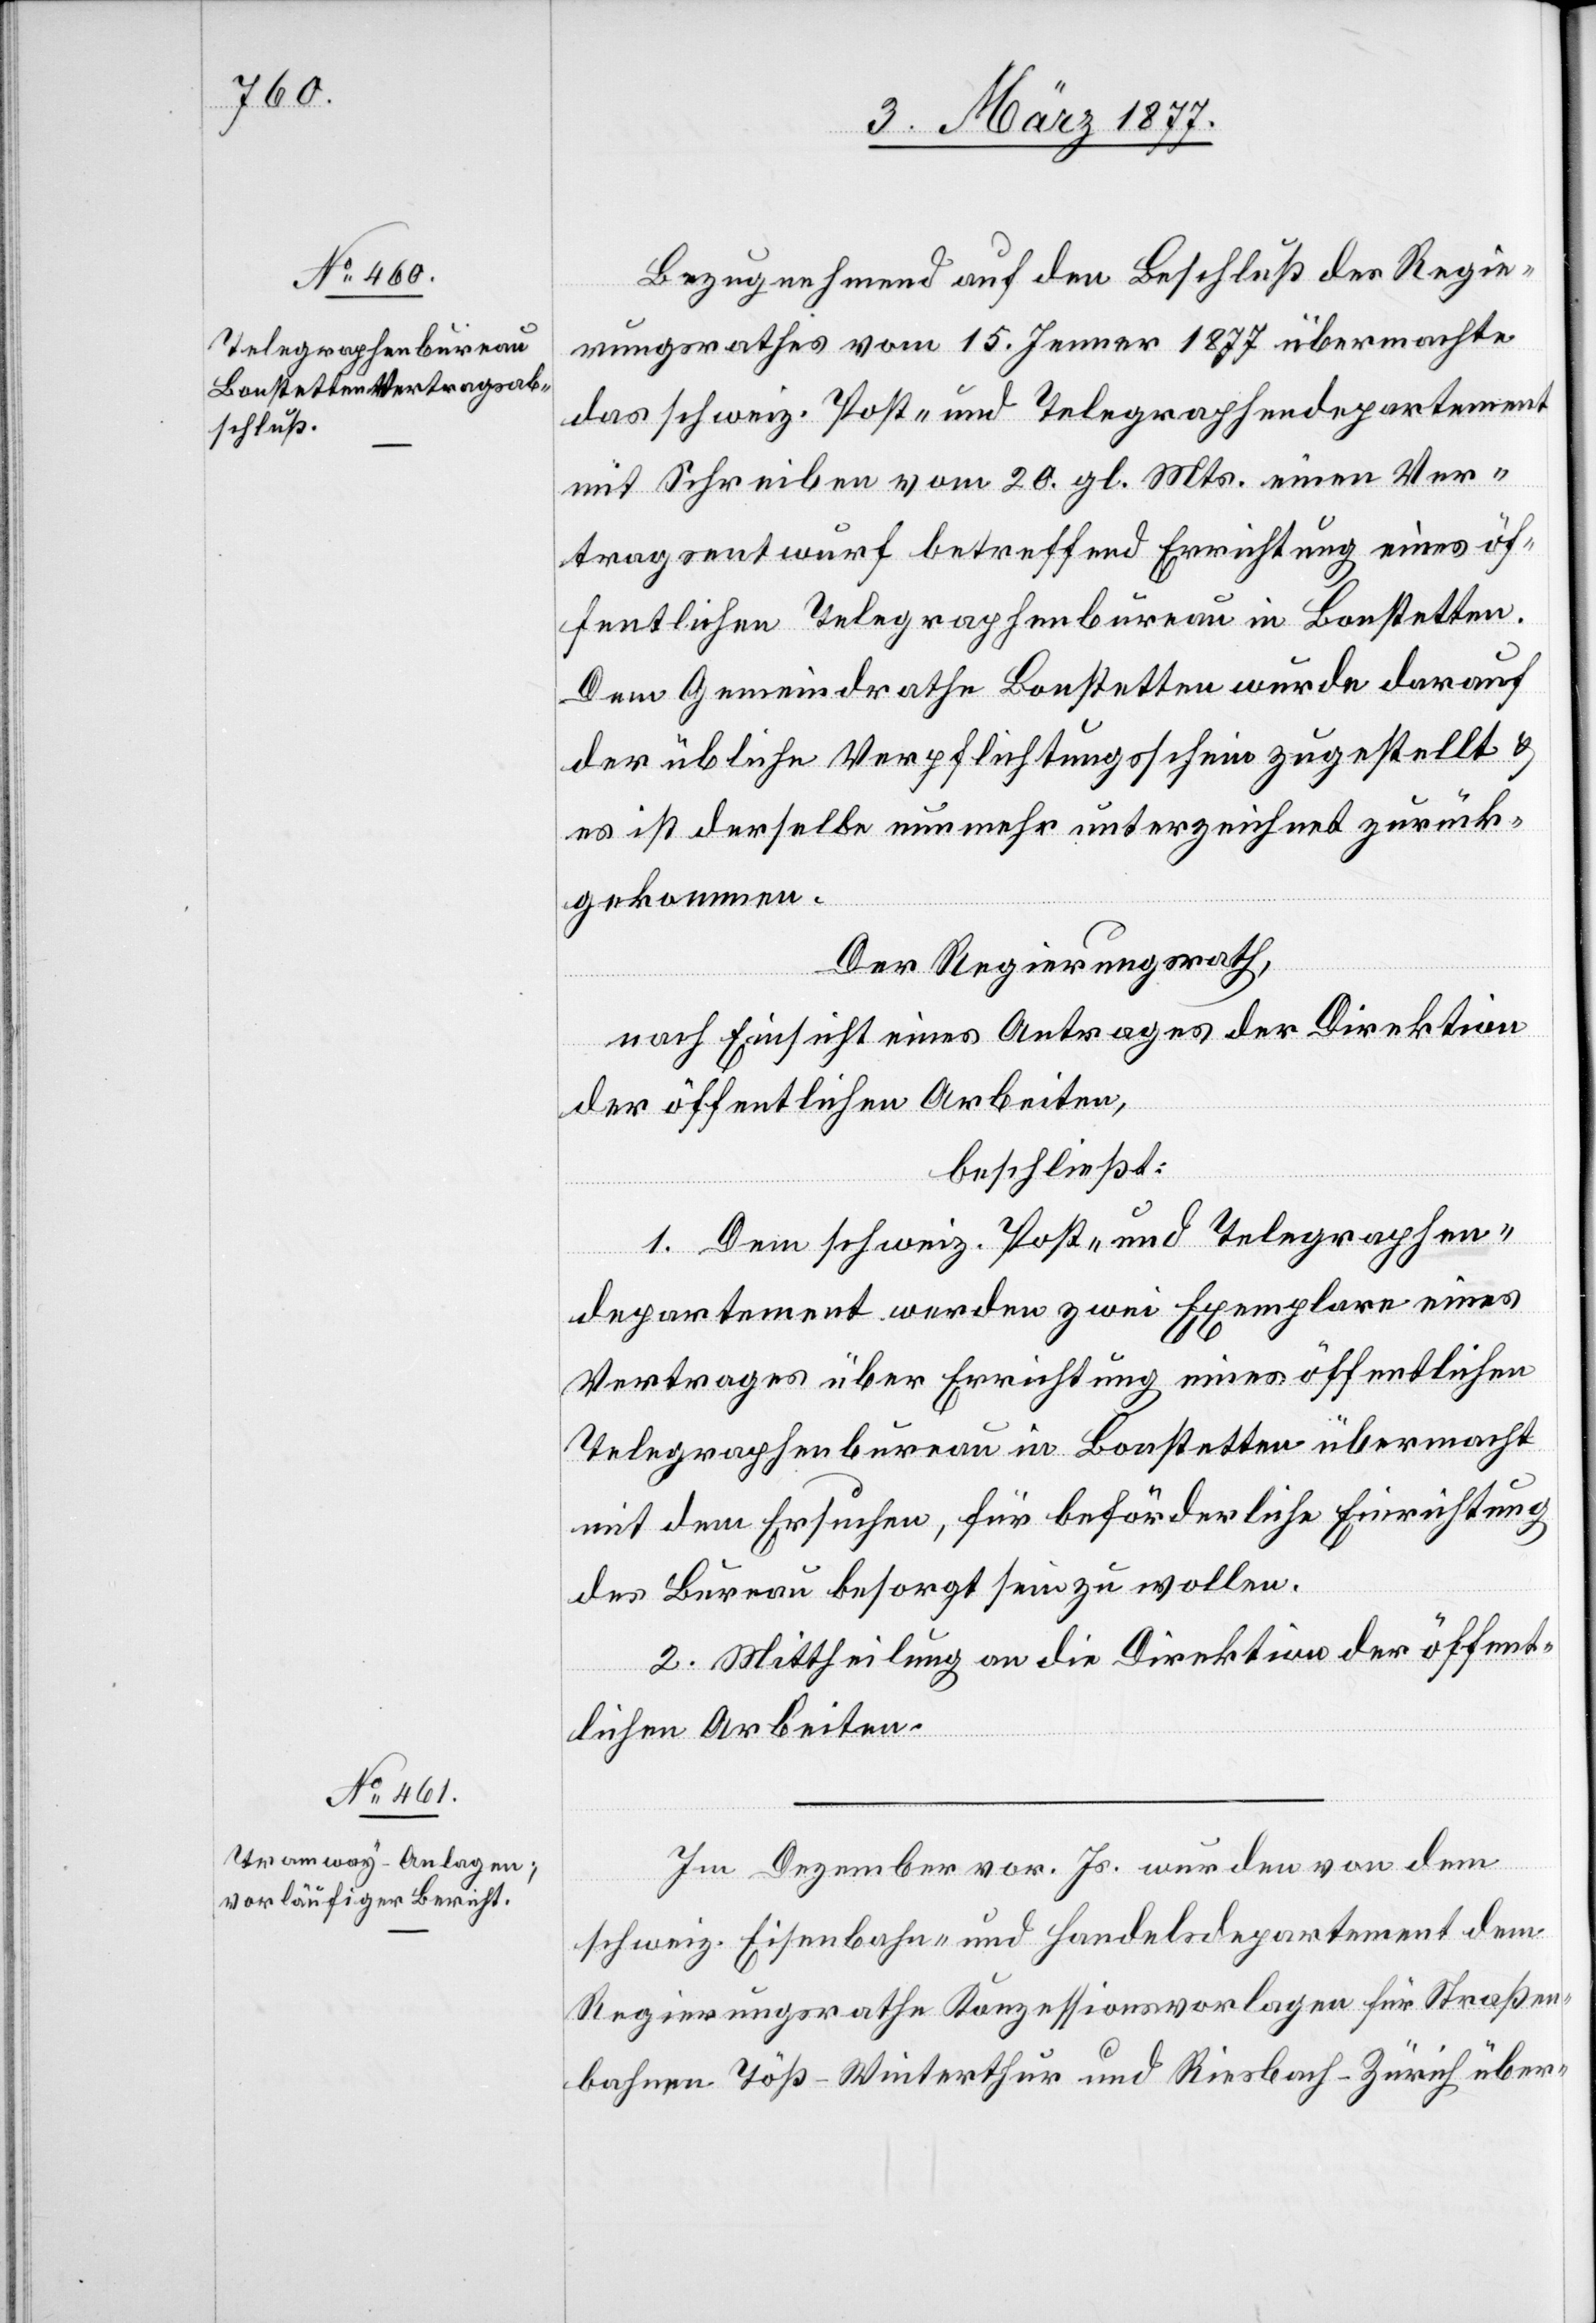
Bezugnehmend auf den Beschluß des Regie¬
rungsrathes vom 15. Jenner 1877 übermachte
das schweiz. Post- und Telegraphendepartement
mit Schreiben vom 20. gl. Mts. einen Ver¬
tragsentwurf betreffend Errichtung eines öf¬
fentlichen Telegraphenbureau in Bonstetten.
Dem Gemeindrathe Bonstetten wurde darauf
der übliche Verpflichtungsschein zugestellt &
es ist derselbe nunmehr unterzeichnet zurück¬
gekommen.
Der Regierungsrath,
nach Einsicht eines Antrages der Direktion
der öffentlichen Arbeiten,
beschließt:
1. Dem schweiz. Post- und Telegraphen¬
departement werden zwei Exemplare eines
Vertrages über Errichtung eines öffentlichen
Telegraphenbureau in Bonstetten übermacht
mit dem Ersuchen, für beförderliche Einrichtung
des Bureau besorgt sein zu wollen.
2. Mittheilung an die Direktion der öffent¬
lichen Arbeiten.
Im Dezember vor. Js. wurden von dem
schweiz. Eisenbahn- und Handelsdepartement dem
Regierungsrathe Konzessionsvorlagen für Straßen¬
bahnen Töß–Winterthur und Riesbach–Zürich über-